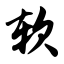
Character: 软